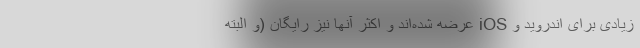
زیادی برای اندروید و iOS عرضه شده‌اند و اکثر آنها نیز رایگان (و البته